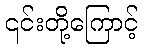
၎င်းတို့ကြောင့်